Report of the Municipal Commissioner on the plague in Bombay for the year ending 31st May... - Volume 1
Disease focus: Plague
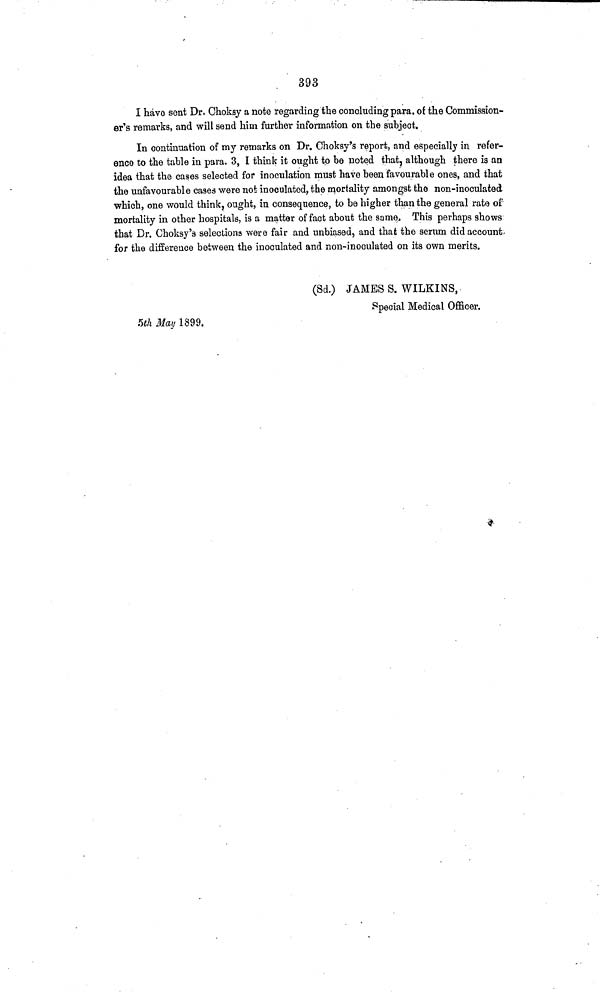
393
I havo sent Dr. C-hoksy a note regarding the concluding para, of the Commission-
er's remarks, and will send him further information on the subject.
In continuation of my remarks on Dr. Choksy's report, and especially in refer-
ence to the table in para. 3, I think it ought to be noted that, although there is an
idea that the cases selected for inoculation must have been favourable ones, and that
the unfavourable cases were not inoculated, the mortality amongst the non-inoculated
which, one would think, ought, in consequence, to be higher than the general rate of
mortality in other hospitals, is a matter of fact about the same* This perhaps shows
that Dr, Choksy's selections were fair and unbiased, and that the serum did account
for the difference between the inoculated and non-inoculated on its own merits.
(Sd.) JAMES S. WILKINS,
Special Medical Officer.
5th May 1899.